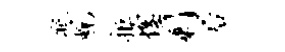
祗蜕拒惶剩後